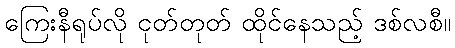
ကြေးနီရုပ်လို ငုတ်တုတ် ထိုင်နေသည့် ဒစ်လစီ။